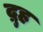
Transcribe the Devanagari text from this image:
द्रुह